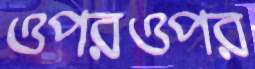
ওপরওপর